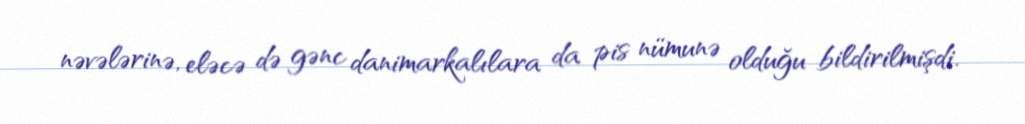
nəvələrinə, eləcə də gənc danimarkalılara da pis nümunə olduğu bildirilmişdi.